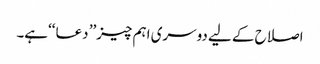
اصلاح کے لیے دوسری اہم چیز’’ دعا ‘‘ہے۔